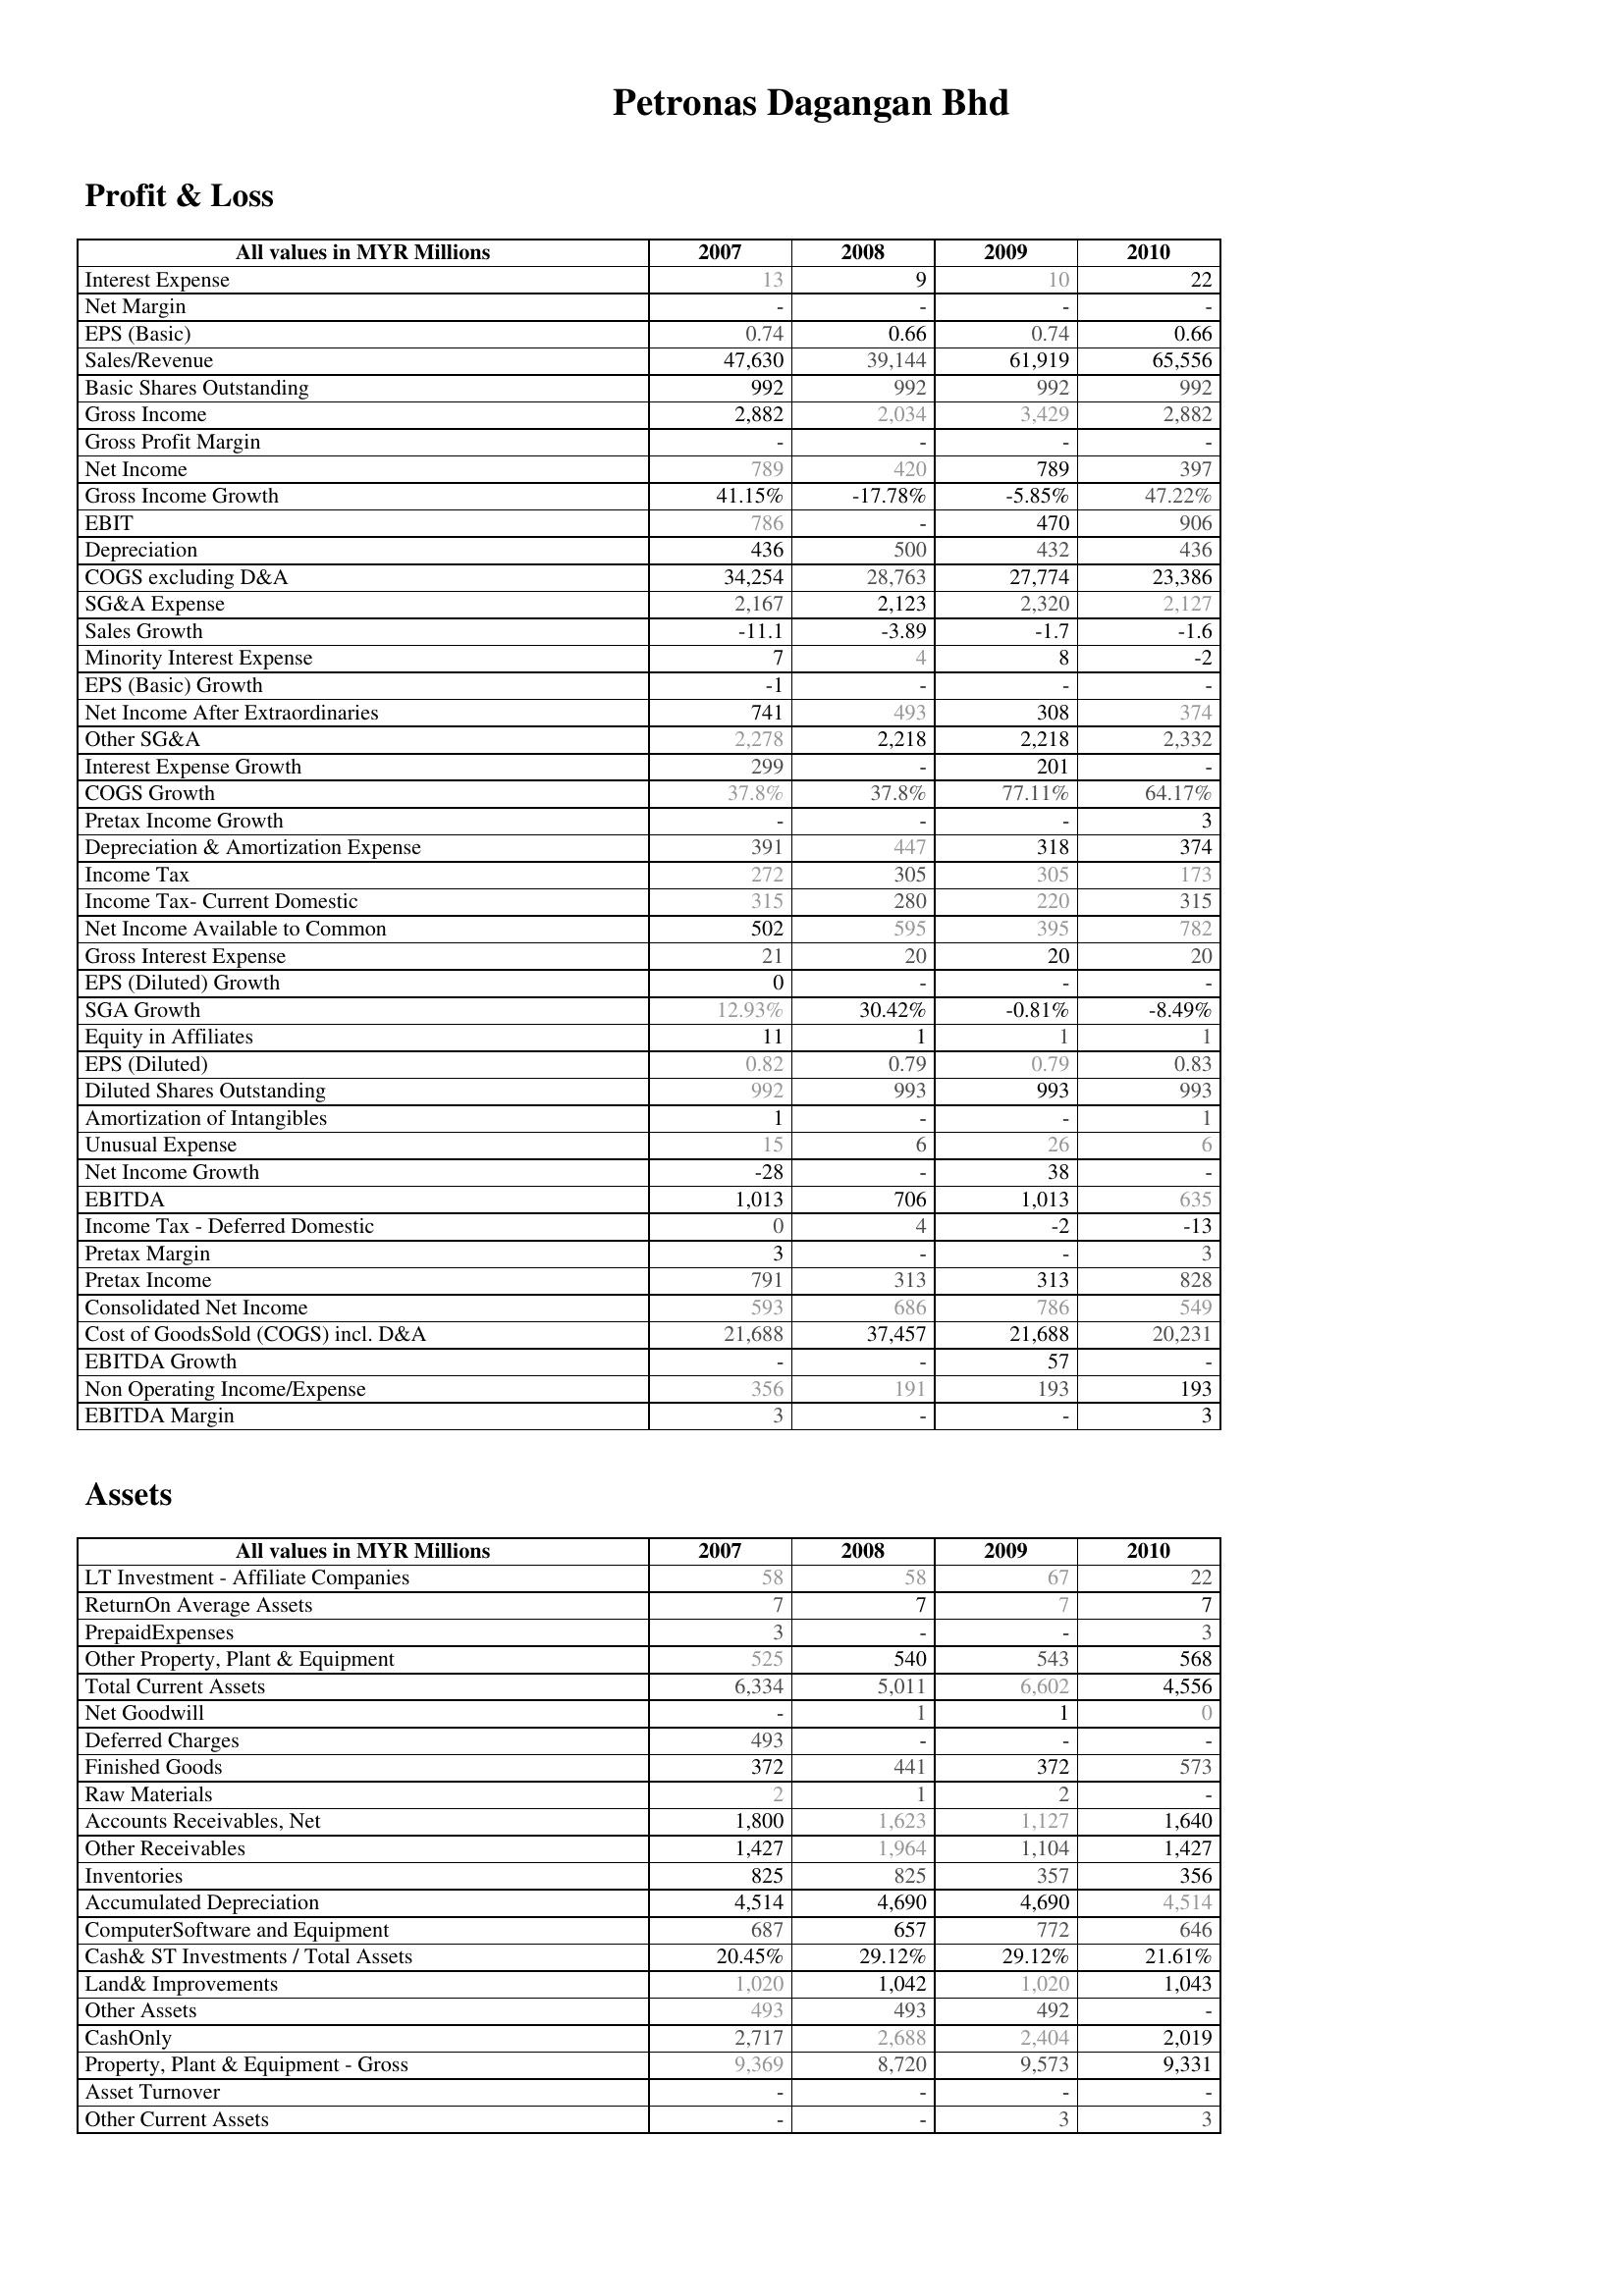
2007: Profit & Loss: Interest Expense: 13
Net Margin: -
EPS (Basic): 0.74
Sales/Revenue: 47,630
Basic Shares Outstanding: 992
Gross Income: 2,882
Gross Profit Margin: -
Net Income: 789
Gross Income Growth: 41.15%
EBIT: 786
Depreciation: 436
COGS excluding D&A: 34,254
SG&A Expense: 2,167
Sales Growth: -11.1
Minority Interest Expense: 7
EPS (Basic) Growth: -1
Net Income After Extraordinaries: 741
Other SG&A: 2,278
Interest Expense Growth: 299
COGS Growth: 37.8%
Pretax Income Growth: -
Depreciation & Amortization Expense: 391
Income Tax: 272
Income Tax- Current Domestic: 315
Net Income Available to Common: 502
Gross Interest Expense: 21
EPS (Diluted) Growth: 0
SGA Growth: 12.93%
Equity in Affiliates: 11
EPS (Diluted): 0.82
Diluted Shares Outstanding: 992
Amortization of Intangibles: 1
Unusual Expense: 15
Net Income Growth: -28
EBITDA: 1,013
Income Tax - Deferred Domestic: 0
Pretax Margin: 3
Pretax Income: 791
Consolidated Net Income: 593
Cost of GoodsSold (COGS) incl. D&A: 21,688
EBITDA Growth: -
Non Operating Income/Expense: 356
EBITDA Margin: 3
Assets: LT Investment - Affiliate Companies: 58
ReturnOn Average Assets: 7
PrepaidExpenses: 3
Other Property, Plant & Equipment: 525
Total Current Assets: 6,334
Net Goodwill: -
Deferred Charges: 493
Finished Goods: 372
Raw Materials: 2
Accounts Receivables, Net: 1,800
Other Receivables: 1,427
Inventories: 825
Accumulated Depreciation: 4,514
ComputerSoftware and Equipment: 687
Cash& ST Investments / Total Assets: 20.45%
Land& Improvements: 1,020
Other Assets: 493
CashOnly: 2,717
Property, Plant & Equipment - Gross : 9,369
Asset Turnover: -
Other Current Assets: -
2008: Profit & Loss: Interest Expense: 9
Net Margin: -
EPS (Basic): 0.66
Sales/Revenue: 39,144
Basic Shares Outstanding: 992
Gross Income: 2,034
Gross Profit Margin: -
Net Income: 420
Gross Income Growth: -17.78%
EBIT: -
Depreciation: 500
COGS excluding D&A: 28,763
SG&A Expense: 2,123
Sales Growth: -3.89
Minority Interest Expense: 4
EPS (Basic) Growth: -
Net Income After Extraordinaries: 493
Other SG&A: 2,218
Interest Expense Growth: -
COGS Growth: 37.8%
Pretax Income Growth: -
Depreciation & Amortization Expense: 447
Income Tax: 305
Income Tax- Current Domestic: 280
Net Income Available to Common: 595
Gross Interest Expense: 20
EPS (Diluted) Growth: -
SGA Growth: 30.42%
Equity in Affiliates: 1
EPS (Diluted): 0.79
Diluted Shares Outstanding: 993
Amortization of Intangibles: -
Unusual Expense: 6
Net Income Growth: -
EBITDA: 706
Income Tax - Deferred Domestic: 4
Pretax Margin: -
Pretax Income: 313
Consolidated Net Income: 686
Cost of GoodsSold (COGS) incl. D&A: 37,457
EBITDA Growth: -
Non Operating Income/Expense: 191
EBITDA Margin: -
Assets: LT Investment - Affiliate Companies: 58
ReturnOn Average Assets: 7
PrepaidExpenses: -
Other Property, Plant & Equipment: 540
Total Current Assets: 5,011
Net Goodwill: 1
Deferred Charges: -
Finished Goods: 441
Raw Materials: 1
Accounts Receivables, Net: 1,623
Other Receivables: 1,964
Inventories: 825
Accumulated Depreciation: 4,690
ComputerSoftware and Equipment: 657
Cash& ST Investments / Total Assets: 29.12%
Land& Improvements: 1,042
Other Assets: 493
CashOnly: 2,688
Property, Plant & Equipment - Gross : 8,720
Asset Turnover: -
Other Current Assets: -
2009: Profit & Loss: Interest Expense: 10
Net Margin: -
EPS (Basic): 0.74
Sales/Revenue: 61,919
Basic Shares Outstanding: 992
Gross Income: 3,429
Gross Profit Margin: -
Net Income: 789
Gross Income Growth: -5.85%
EBIT: 470
Depreciation: 432
COGS excluding D&A: 27,774
SG&A Expense: 2,320
Sales Growth: -1.7
Minority Interest Expense: 8
EPS (Basic) Growth: -
Net Income After Extraordinaries: 308
Other SG&A: 2,218
Interest Expense Growth: 201
COGS Growth: 77.11%
Pretax Income Growth: -
Depreciation & Amortization Expense: 318
Income Tax: 305
Income Tax- Current Domestic: 220
Net Income Available to Common: 395
Gross Interest Expense: 20
EPS (Diluted) Growth: -
SGA Growth: -0.81%
Equity in Affiliates: 1
EPS (Diluted): 0.79
Diluted Shares Outstanding: 993
Amortization of Intangibles: -
Unusual Expense: 26
Net Income Growth: 38
EBITDA: 1,013
Income Tax - Deferred Domestic: -2
Pretax Margin: -
Pretax Income: 313
Consolidated Net Income: 786
Cost of GoodsSold (COGS) incl. D&A: 21,688
EBITDA Growth: 57
Non Operating Income/Expense: 193
EBITDA Margin: -
Assets: LT Investment - Affiliate Companies: 67
ReturnOn Average Assets: 7
PrepaidExpenses: -
Other Property, Plant & Equipment: 543
Total Current Assets: 6,602
Net Goodwill: 1
Deferred Charges: -
Finished Goods: 372
Raw Materials: 2
Accounts Receivables, Net: 1,127
Other Receivables: 1,104
Inventories: 357
Accumulated Depreciation: 4,690
ComputerSoftware and Equipment: 772
Cash& ST Investments / Total Assets: 29.12%
Land& Improvements: 1,020
Other Assets: 492
CashOnly: 2,404
Property, Plant & Equipment - Gross : 9,573
Asset Turnover: -
Other Current Assets: 3
2010: Profit & Loss: Interest Expense: 22
Net Margin: -
EPS (Basic): 0.66
Sales/Revenue: 65,556
Basic Shares Outstanding: 992
Gross Income: 2,882
Gross Profit Margin: -
Net Income: 397
Gross Income Growth: 47.22%
EBIT: 906
Depreciation: 436
COGS excluding D&A: 23,386
SG&A Expense: 2,127
Sales Growth: -1.6
Minority Interest Expense: -2
EPS (Basic) Growth: -
Net Income After Extraordinaries: 374
Other SG&A: 2,332
Interest Expense Growth: -
COGS Growth: 64.17%
Pretax Income Growth: 3
Depreciation & Amortization Expense: 374
Income Tax: 173
Income Tax- Current Domestic: 315
Net Income Available to Common: 782
Gross Interest Expense: 20
EPS (Diluted) Growth: -
SGA Growth: -8.49%
Equity in Affiliates: 1
EPS (Diluted): 0.83
Diluted Shares Outstanding: 993
Amortization of Intangibles: 1
Unusual Expense: 6
Net Income Growth: -
EBITDA: 635
Income Tax - Deferred Domestic: -13
Pretax Margin: 3
Pretax Income: 828
Consolidated Net Income: 549
Cost of GoodsSold (COGS) incl. D&A: 20,231
EBITDA Growth: -
Non Operating Income/Expense: 193
EBITDA Margin: 3
Assets: LT Investment - Affiliate Companies: 22
ReturnOn Average Assets: 7
PrepaidExpenses: 3
Other Property, Plant & Equipment: 568
Total Current Assets: 4,556
Net Goodwill: 0
Deferred Charges: -
Finished Goods: 573
Raw Materials: -
Accounts Receivables, Net: 1,640
Other Receivables: 1,427
Inventories: 356
Accumulated Depreciation: 4,514
ComputerSoftware and Equipment: 646
Cash& ST Investments / Total Assets: 21.61%
Land& Improvements: 1,043
Other Assets: -
CashOnly: 2,019
Property, Plant & Equipment - Gross : 9,331
Asset Turnover: -
Other Current Assets: 3